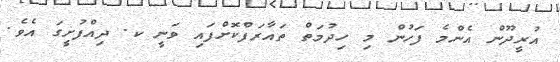
އުރީދޫން އެންމެ ފަހުން މި ހިދުމަތް ތައާރަފްކޮށްފައި ވަނީ ކ. ދިއްފުށީގަ އެވެ.